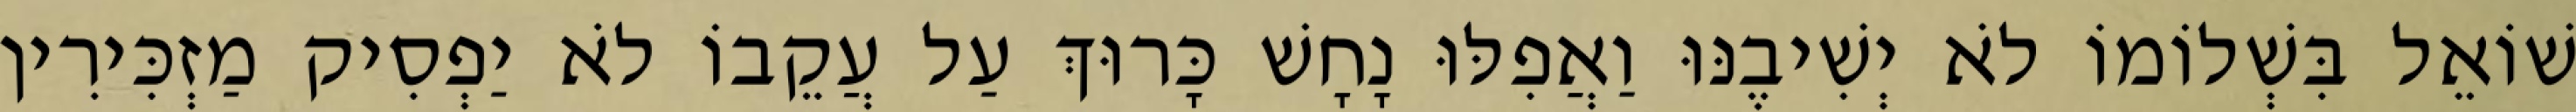
שׁוֹאֵל בִּשְׁלוֹמוֹ לֹא יְשִׁיבֶנּוּ וַאֲפִלּוּ נָחָשׁ כָּרוּךְ עַל עֲקֵבוֹ לֹא יַפְסִיק מַזְכִּירִין